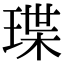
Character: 㻡